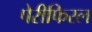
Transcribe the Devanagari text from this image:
पेरीफिरल